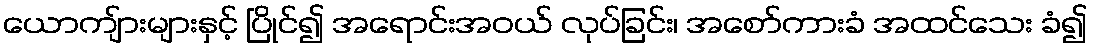
ယောကျ်ားများနှင့် ပြိုင်၍ အရောင်းအဝယ် လုပ်ခြင်း၊ အစော်ကားခံ အထင်သေး ခံ၍